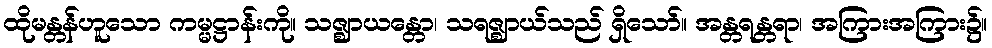
ထိုမန္တန်ဟူသော ကမ္မဋ္ဌာန်းကို။ သဇ္ဈာယန္တော၊ သရဇ္ဈာယ်သည် ရှိသော်။ အန္တရန္တရာ၊ အကြားအကြား၌။